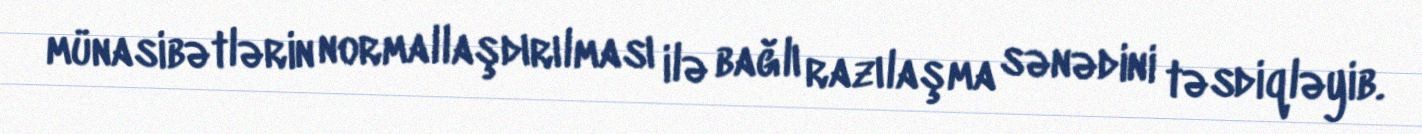
münasibətlərin normallaşdırılması ilə bağlı razılaşma sənədini təsdiqləyib.